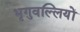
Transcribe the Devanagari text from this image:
भृगुवल्लियों